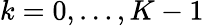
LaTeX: k=0,\ldots,K-1